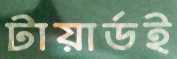
টায়ার্ডই